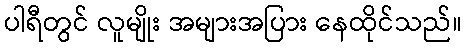
ပါရီတွင် လူမျိုး အများအပြား နေထိုင်သည်။